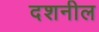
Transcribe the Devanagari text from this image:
दशनील